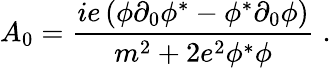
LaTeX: A_{0}={\frac{ie\left(\phi\partial_{0}\phi^{*}-\phi^{*}\partial_{0}\phi\right)}{m^{2}+2e^{2}\phi^{*}\phi}}\; .